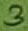
Text: 3